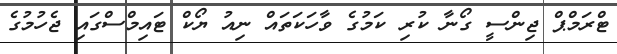
ޓްރަމްޕް ޖިންސީ ގޯނާ ކުރި ކަމުގެ ވާހަކަތައް ނިއު ޔޯކް ޓައިމްސްގައި ޖެހުމުގެ